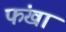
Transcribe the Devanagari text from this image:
फंखा